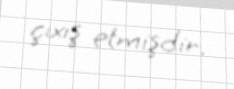
çıxış etmişdir.